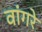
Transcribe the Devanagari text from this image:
वांगरे